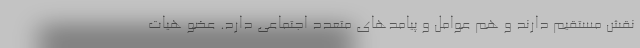
نقش مستقیم دارند و هم عوامل و پیامدهای متعدد اجتماعی دارد. عضو هیات